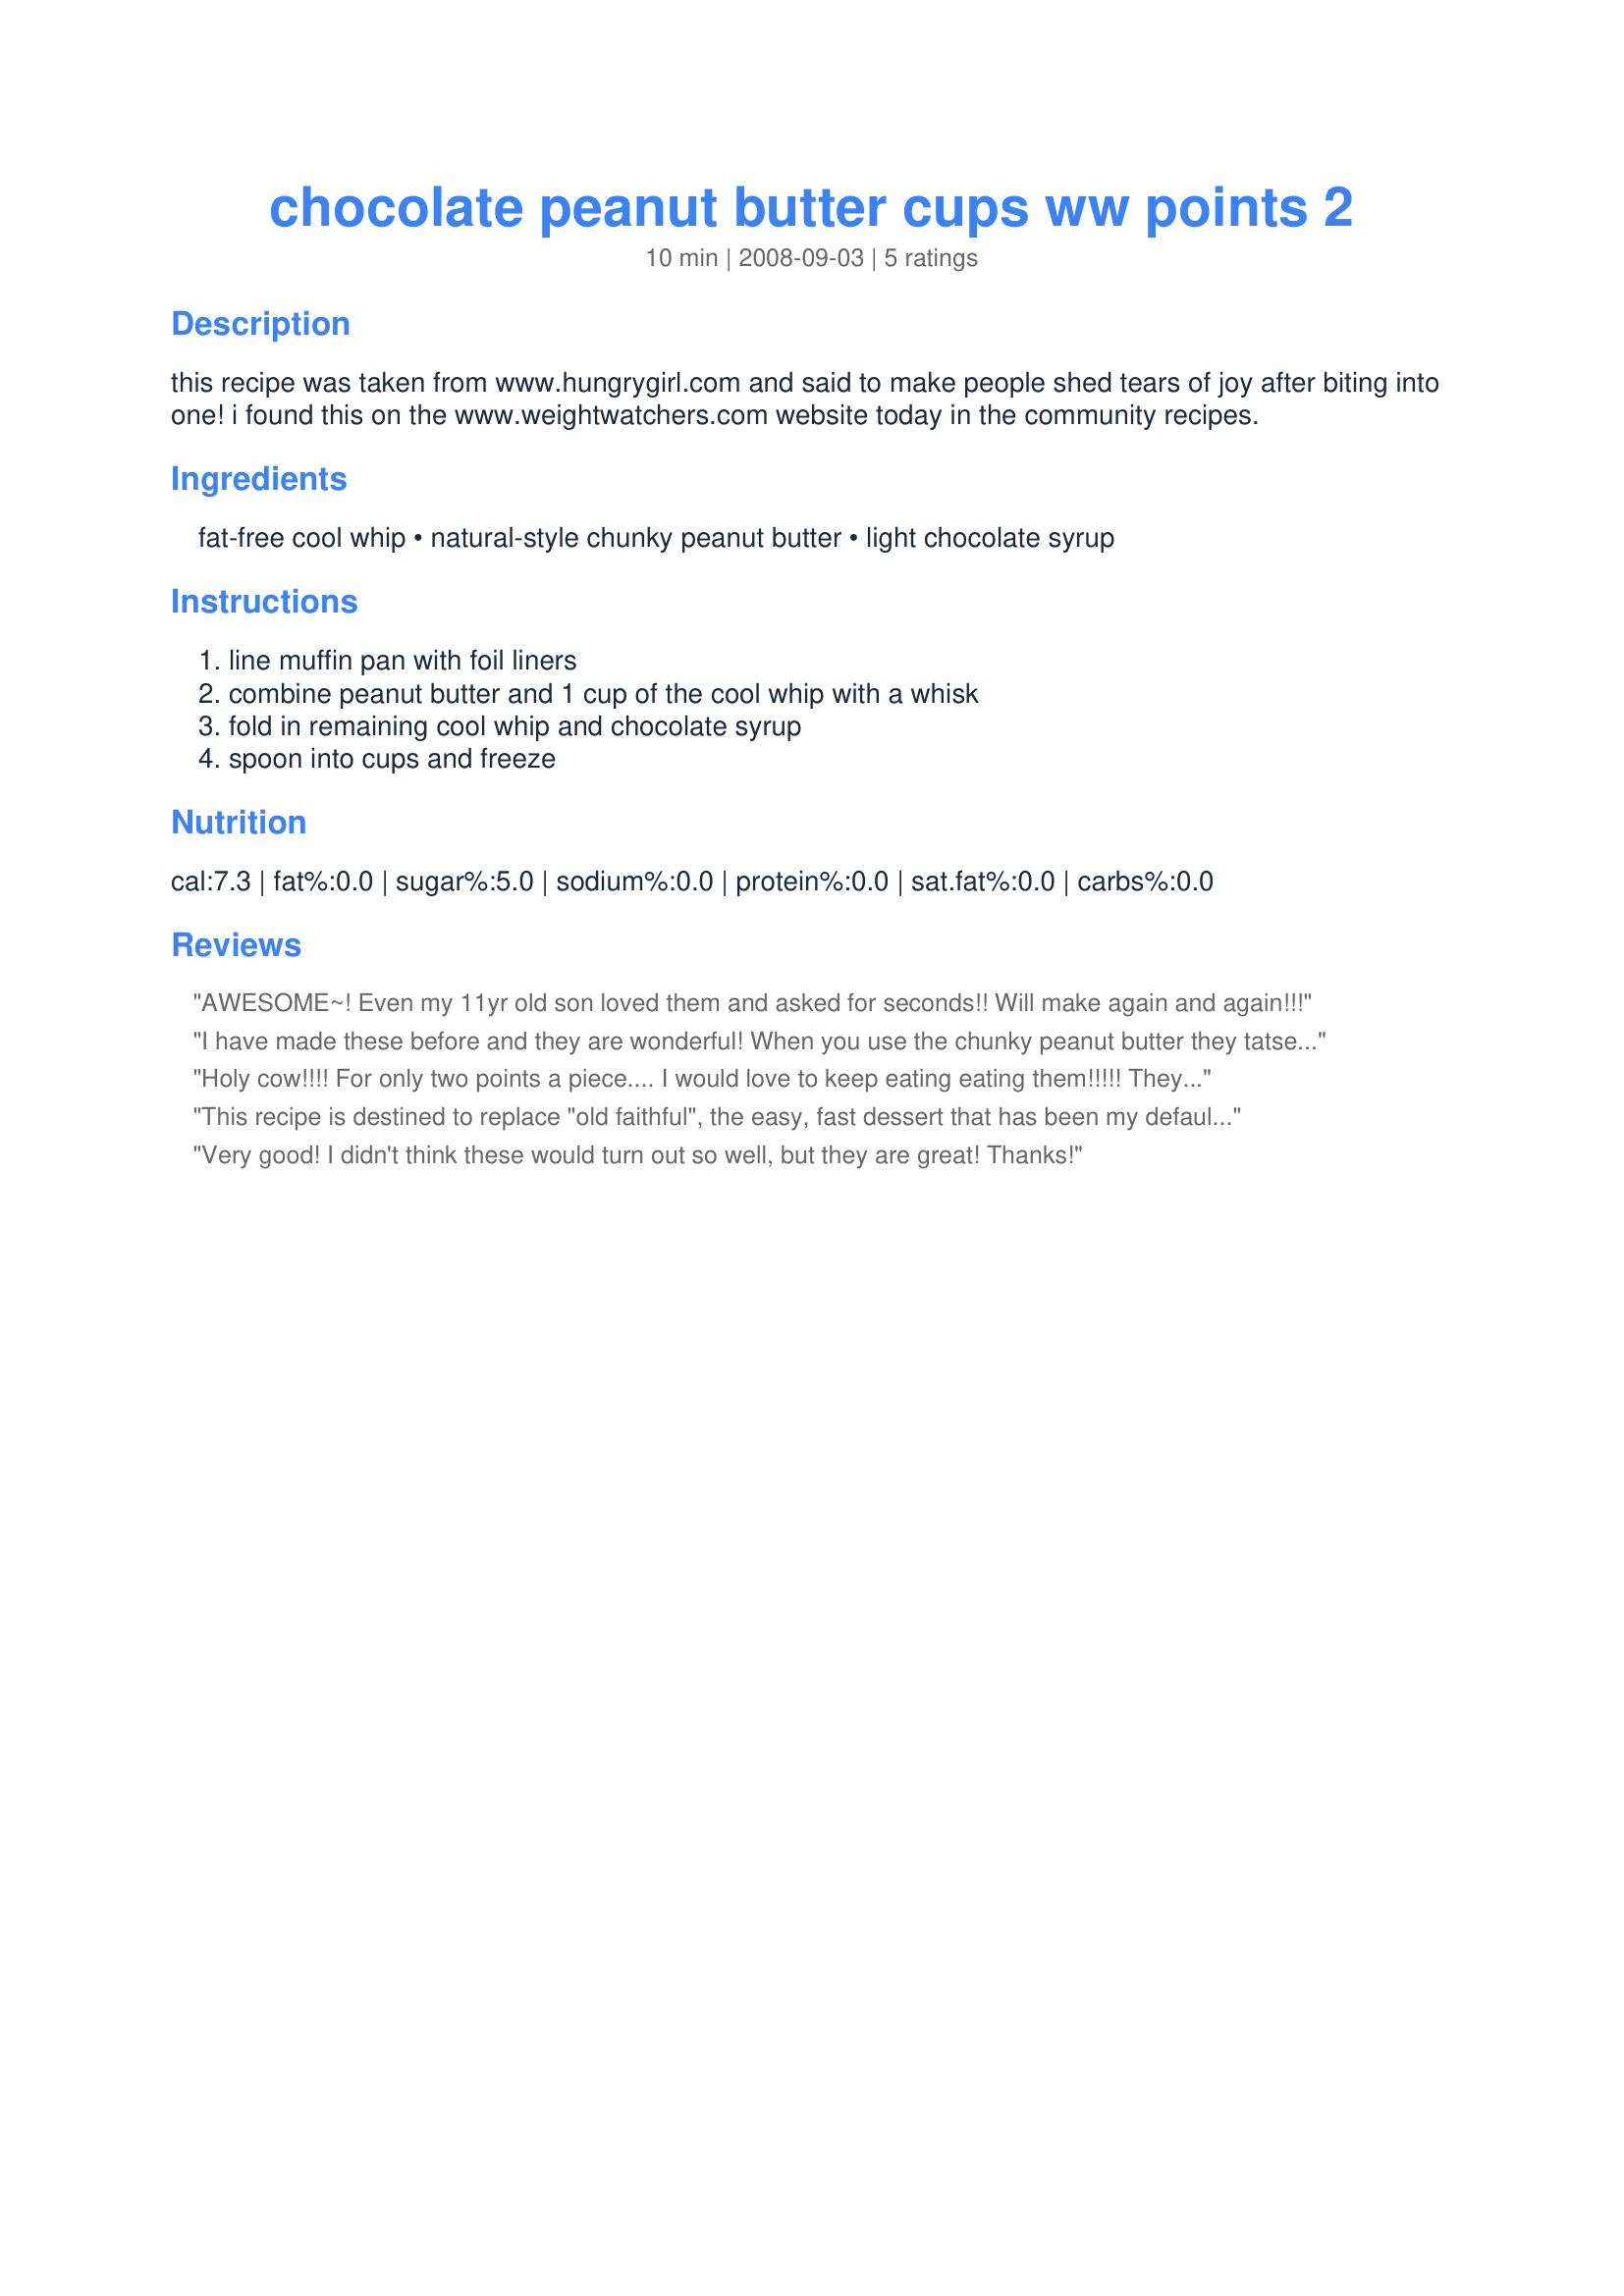
chocolate peanut butter cups ww points 2
Preparation time: 10 minutes

this recipe was taken from www.hungrygirl.com and said to make people shed tears of joy after biting into one! i found this on the www.weightwatchers.com website today in the community recipes.

Ingredients:
fat-free cool whip, natural-style chunky peanut butter, light chocolate syrup

Steps:
line muffin pan with foil liners, combine peanut butter and 1 cup of the cool whip with a whisk, fold in remaining cool whip and chocolate syrup, spoon into cups and freeze

Reviews:
AWESOME~! Even my 11yr old son loved them and asked for seconds!! Will make again and again!!!
I have made these before and they are wonderful! When you use the chunky peanut butter they tatse like a snickers! yum! Thanks for sharing another great recipe!:)
Holy cow!!!! For only two points a piece.... I would love to keep eating eating them!!!!! They are absolutely delicious!!!!! We will DEFINITELY make these yummies on a regular basis!!!!!!!!
This recipe is destined to replace "old faithful", the easy, fast dessert that has been my default until tonight. We all loved this...the chocolate/peanut flavour combination has long been a favourite at our house. We drizzled individual desserts with a little more sugar free chocolate sauce and roasted peanuts...terrific!
Very good! I didn't think these would turn out so well, but they are great! Thanks!
